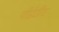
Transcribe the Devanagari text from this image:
पीईटीए